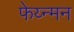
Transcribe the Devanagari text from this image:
फेय्न्मन